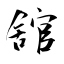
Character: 舘